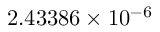
2 . 4 3 3 8 6 \times 1 0 ^ { - 6 }